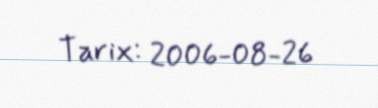
Tarix: 2006-08-26